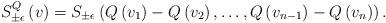
LaTeX: \begin{align*}S_{\pm\epsilon}^{Q}\left(v\right)=S_{\pm\epsilon}\left(Q\left(v_{1}\right)-Q\left(v_{2}\right),\dots,Q\left(v_{n-1}\right)-Q\left(v_{n}\right)\right).\end{align*}